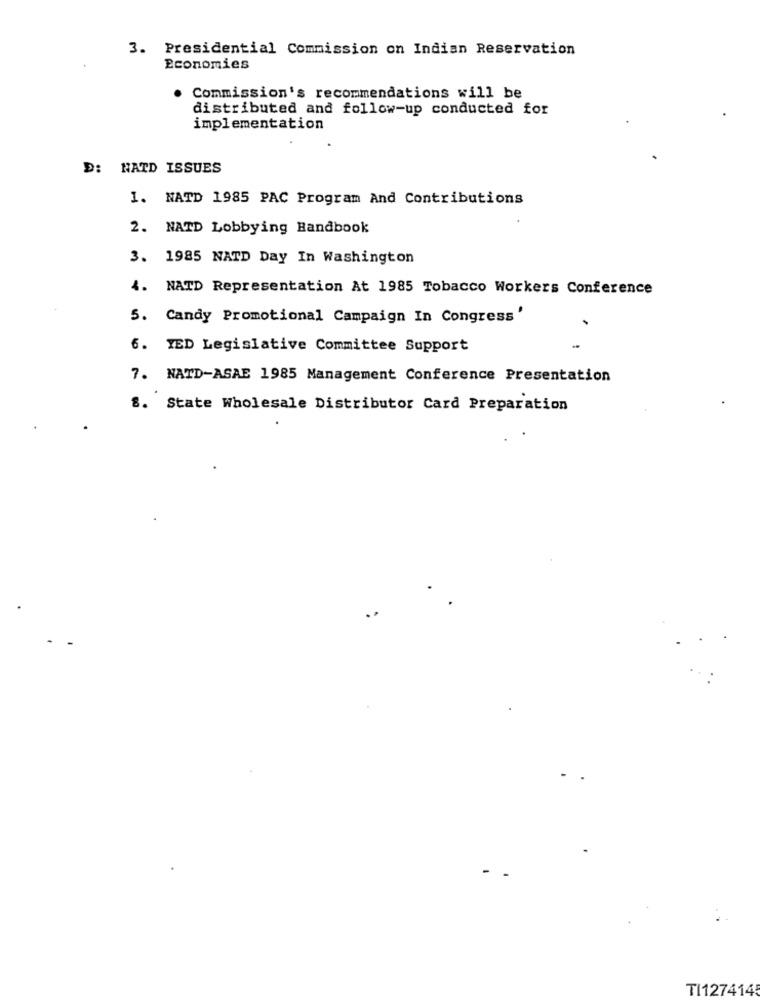
3. Presidential Commission on Indian Reservation
Economies
Commission's recommendations will be
distributed and follow-up conducted for
implementation
D: NATD ISSUES
1. NATD 1985 PAC Program And Contributions
2. NATD Lobbying Handbook
3. 1985 NATD Day In Washington
4. NATD Representation At 1985 Tobacco Workers Conference
5. Candy Promotional Campaign In Congress '
6. YED Legislative Committee Support
7. NATD-ASAE 1985 Management Conference Presentation
8. State Wholesale Distributor Card Preparation
. .
TI127414